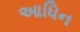
આધિન